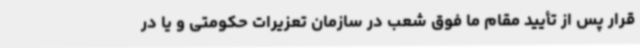
قرار پس از تأیید مقام ما فوق شعب در سازمان تعزیرات حکومتی و یا در